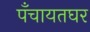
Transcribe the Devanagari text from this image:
पँचायतघर